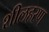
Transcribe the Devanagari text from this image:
शीलहरण